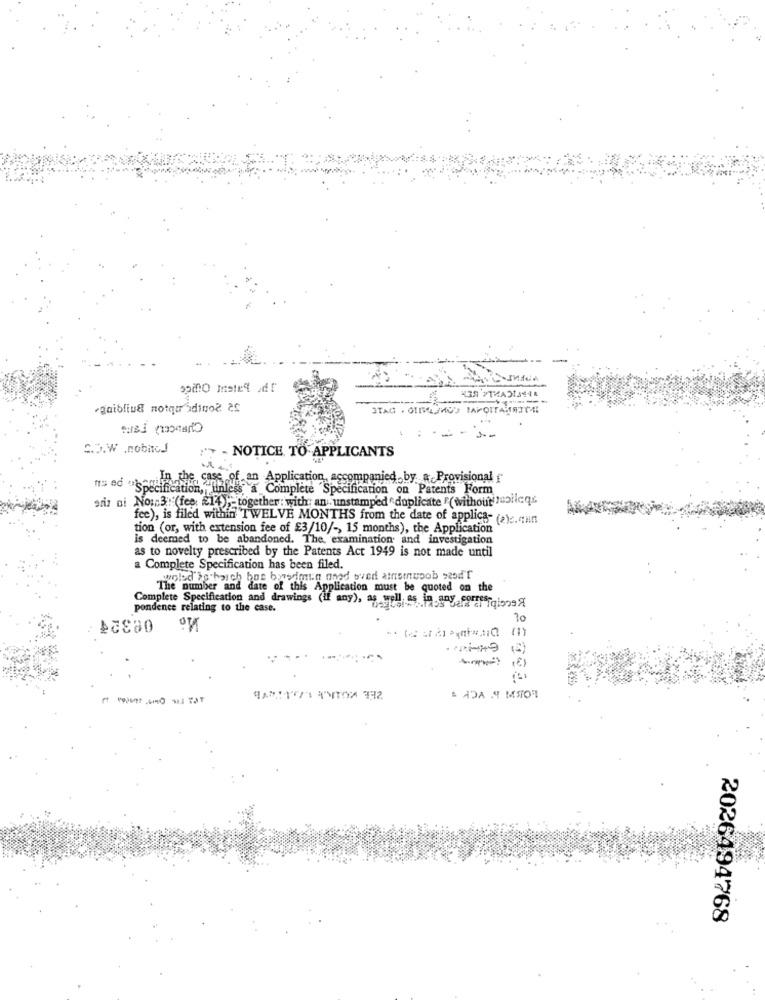
.gaibliud notqu adino? as
STAG . OTELIMO'S TAPOITAIRICH
C.D.W .nobioJ
- NOTICE TO APPLICANTS
In the case of an Application, accompanied by a Provisional
IS ed "Specification, , unless
less, a Complete Specification on Patents Form
ariz ai No:"3" (fee: £14) ,- together: with: an . unstamped " duplicate F( without molleqs
fee), is filed within TWELVE MONTHS from the date of applica- (2). can
tion (or, with extension fee of £3/10/ -, 15 months), the Application"
is deemed to be abandoned. The examination and investigation
as to novelty prescribed by the Patents Act 1949 is not made until
a Complete Specification has been filed.
woled Se harch bot bowrimin ased oved amstrupob seod't
The number and date of this Application must be quoted on the
well, as, in any corres-
pondence relating to the case.
Complete Specification and drawings (if any), a VER MOS
(6)
2026494768